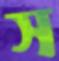
স